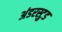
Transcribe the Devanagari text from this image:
अंडरस्टुड